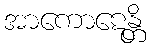
အာကောဋေန္တိ